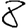
Digit: 8